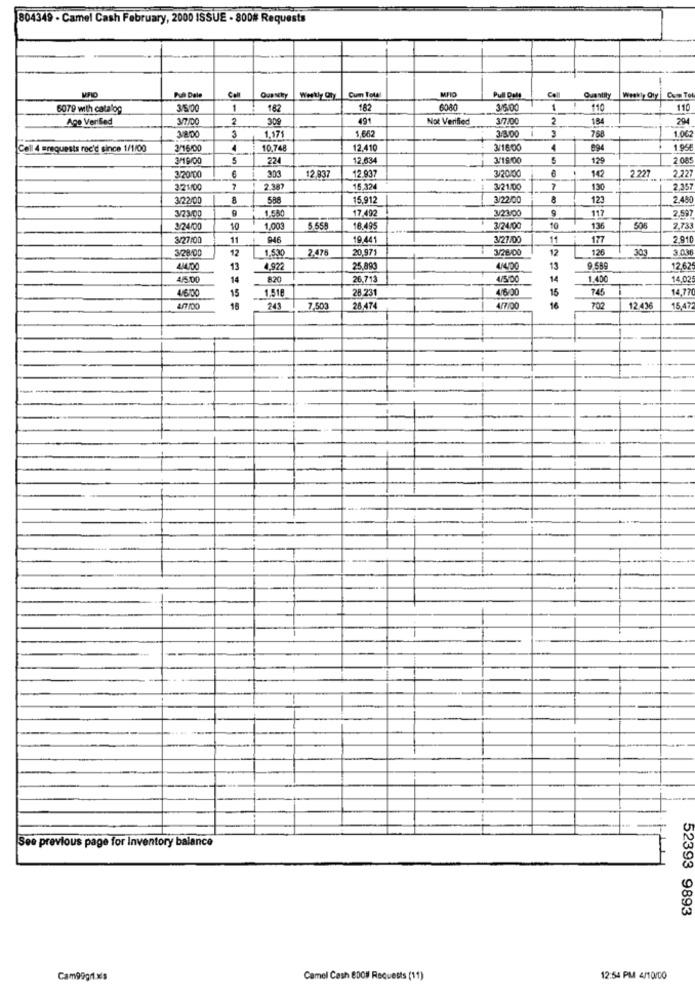
804349 - Camel Cash February, 2000 ISSUE - 800# Requests
Cum Total
Puh Dale
Oupscky
Pull Dole
Cell
Quantity
Weekly Oty | Com Tol
6079 with catalog
3/5/00
1
182
182
6080
3/5.00
1
110
110
Age Verified
2
309
491
Not Verified
3/7/00
2
184
294
1.171
1,66
3/8:00
1.00
768
Cell 4 srequests rec'd since 1/1/00
3/16/00
10.748
12.410
3/16:00
4
894
195
3/1 9/00
5
224
12.63
3/19:00
5
129
2.085
12.93
3/20100
2.227
3/20100
303
12.937
2.22
2.21/00
7
2.387
15.32
3/21/00
7
130
2.357
3/22/00
588
15,912
3/22/00
123
2.480
1.550
17.492
3/21:00
9
117
2,59
3/2 3/00
3/24/00
10
1,00
5.55
18.495
3/24/00
10
136
506
2,73
3/27/00
11
946
10.441
3/27/00
11
177
2.910
3/28/00
12
1,530
2.476
20.97
3/26/00
12
126
303
3.036
13
4.922
25.89
11
9.689
12.62
4/5.00
14
820
26.713
4/5/00
14
1.400
14.02
4/600
1.518
28 231
4/6/00
15
745
14,7
15
4/7/00
15
243
7,503
26.474
4/7:00
16
702
12.436
15.47
See previous page for Inventory balance
52393 9893
Cam99g1 xs
Camel Cash 8DO# Requests (11)
12:54 PM 4/10/00